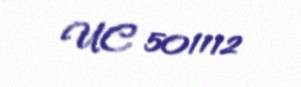
UC 501112